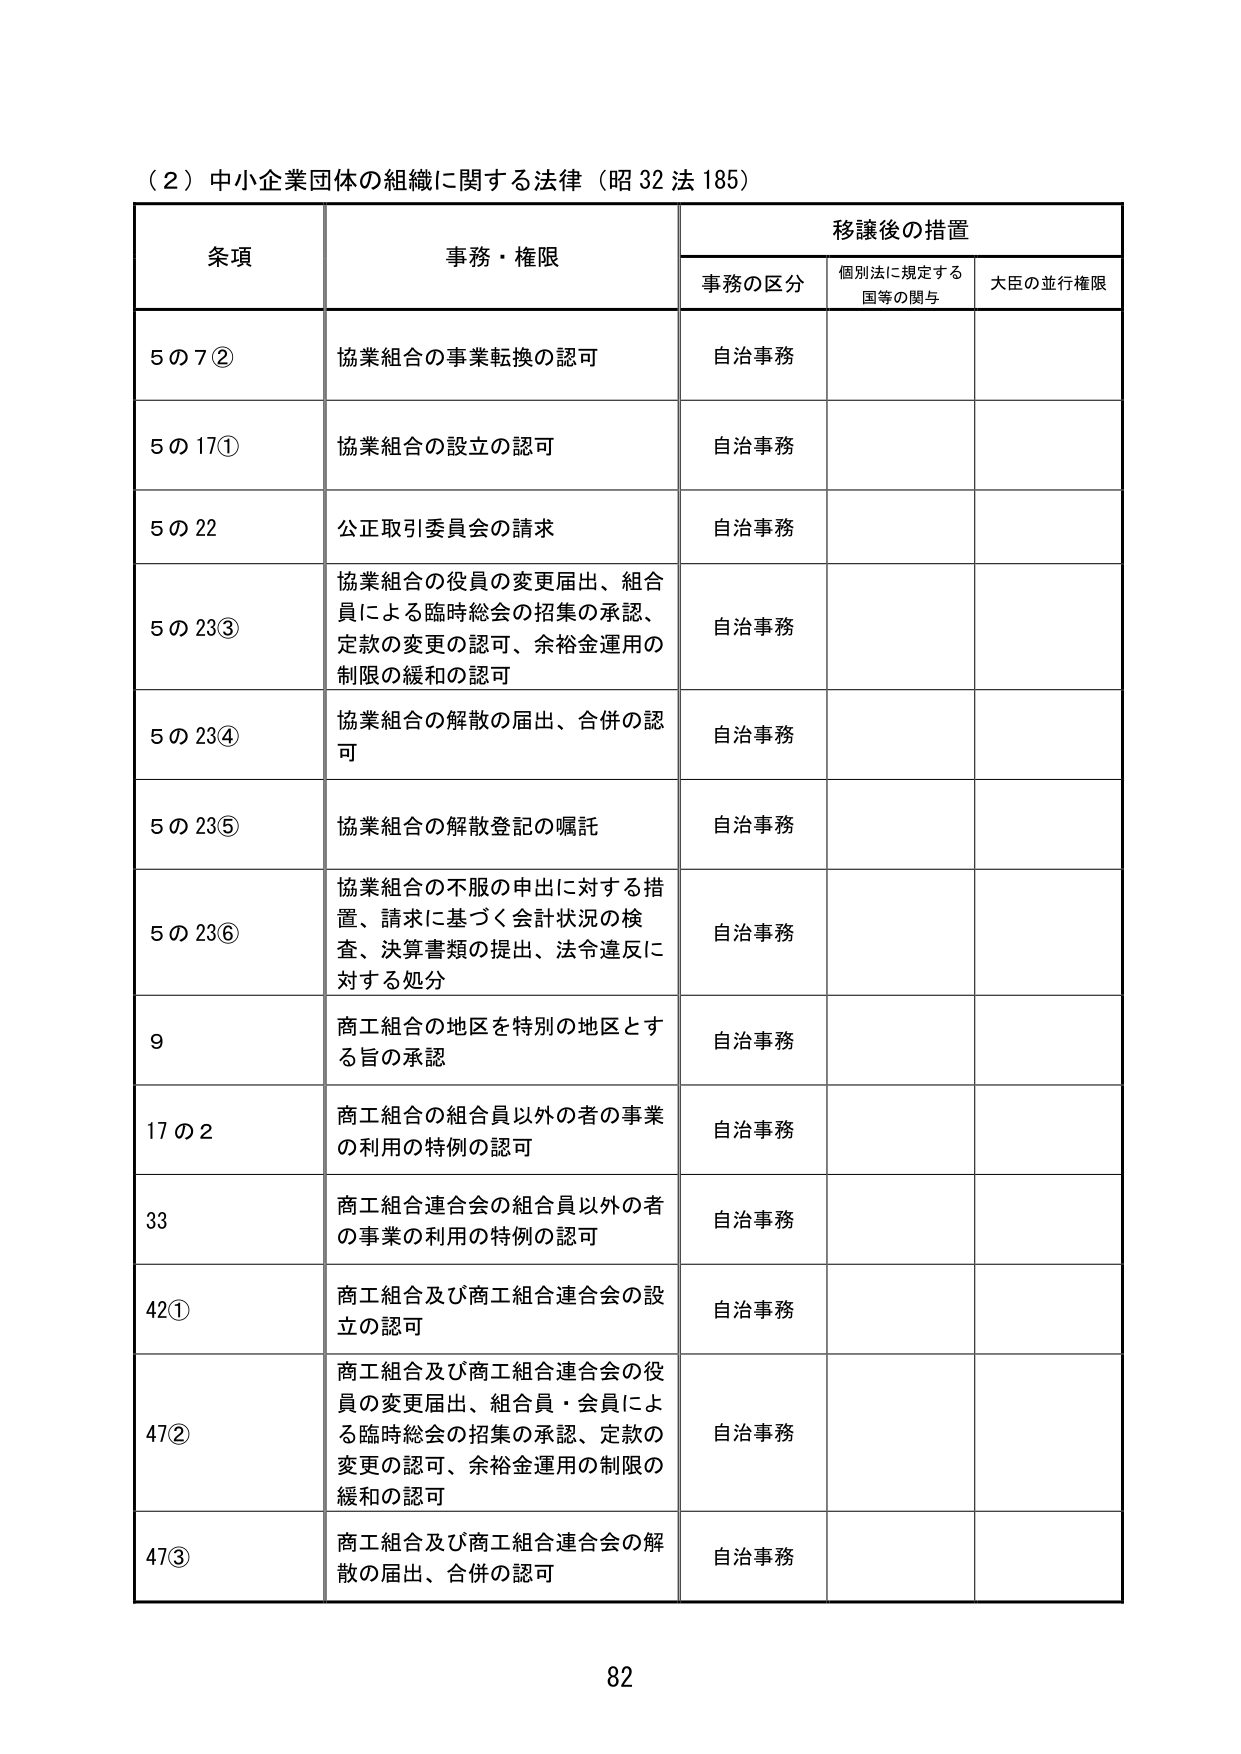
（2）中小企業団体の組織に関する法律（昭32法185）

条項  事務・権限  移譲後の措置
　　　　　　　　　　事務の区分　個別法に規定する国等の関与　大臣の並行権限

5の7②　協業組合の事業転換の認可　自治事務

5の17①　協業組合の設立の認可　自治事務

5の22　公正取引委員会の請求　自治事務

5の23③　協業組合の役員の変更届出、組合員による臨時総会の招集の承認、定款の変更の認可、余裕金運用の制限の緩和の認可　自治事務

5の23④　協業組合の解散の届出、合併の認可　自治事務

5の23⑤　協業組合の解散登記の嘱託　自治事務

5の23⑥　協業組合の不服の申出に対する措置、請求に基づく会計状況の検査、決算書類の提出、法令違反に対する処分　自治事務

9　商工組合の地区を特別の地区とする旨の承認　自治事務

17の2　商工組合の組合員以外の者の事業の利用の特例の認可　自治事務

33　商工組合連合会の組合員以外の者の事業の利用の特例の認可　自治事務

42①　商工組合及び商工組合連合会の設立の認可　自治事務

47②　商工組合及び商工組合連合会の役員の変更届出、組合員・会員による臨時総会の招集の承認、定款の変更の認可、余裕金運用の制限の緩和の認可　自治事務

47③　商工組合及び商工組合連合会の解散の届出、合併の認可　自治事務

82